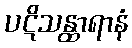
ပဋိသန္ထာရာနံ